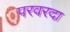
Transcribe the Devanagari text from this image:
परवरदा